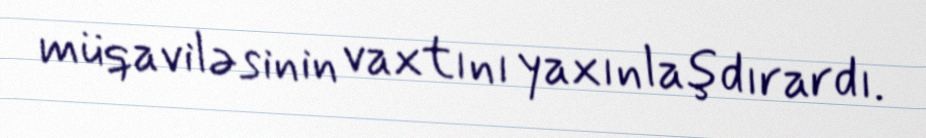
müqaviləsinin vaxtını yaxınlaşdırardı.